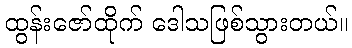
ထွန်းဇော်ထိုက် ဒေါသဖြစ်သွားတယ်။